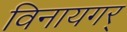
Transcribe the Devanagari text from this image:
विनायगर्